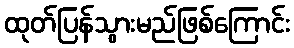
ထုတ်ပြန်သွားမည်ဖြစ်ကြောင်း